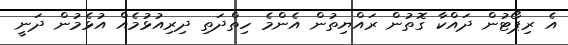
އެ ރިޕޯޓުން ދައްކާ ގޮތުން ރައްޔިތުން އެންމެ ހިތްދަތި ދިރިއުޅުމެއް އުޅެމުން ދަަނީ